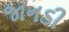
જાનડી